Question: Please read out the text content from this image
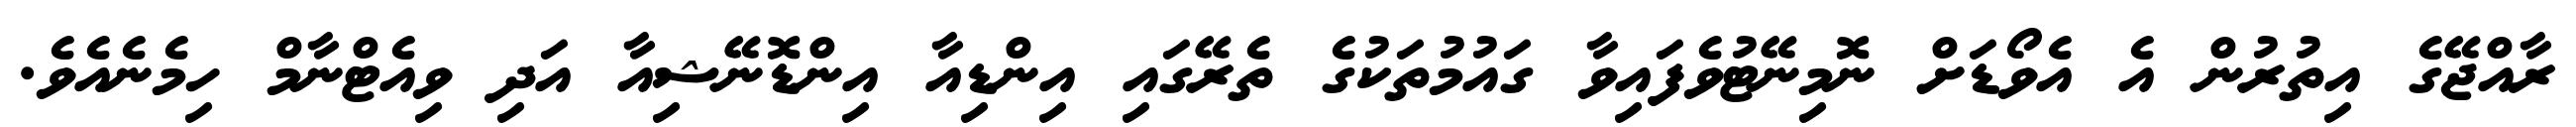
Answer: ރާއްޖޭގެ އިތުރުން އެ އެވޯޑަށް ނޮމިނޭޓުވެފައިވާ ގައުމުތަކުގެ ތެރޭގައި އިންޑިއާ އިންޑޮނޭޝިއާ އަދި ވިއެޓްނާމް ހިމެނެއެވެ.